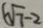
6 \sqrt { 7 } - 2